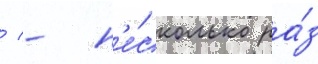
/ - н'е́сколько ра́з